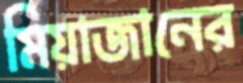
মিয়াজানের